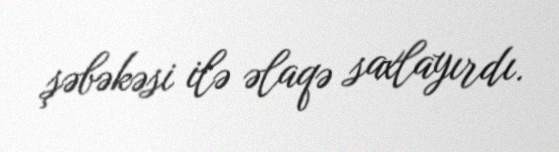
şəbəkəsi ilə əlaqə saxlayırdı.